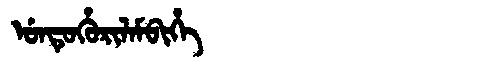
Manchu: ᡠᠨᡨᡠᡥᡠᡵᡳᠯᠠᠮᠪᡳᡥᡝ
Romanization: UNTUHURILAMBIHE